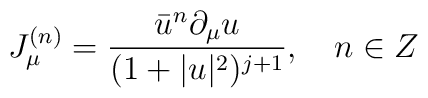
J_{\mu}^{(n)}=\frac{\bar{u}^n \partial_{\mu}u}{(1+|u|^2)^{j+1}},   \quad n \in Z